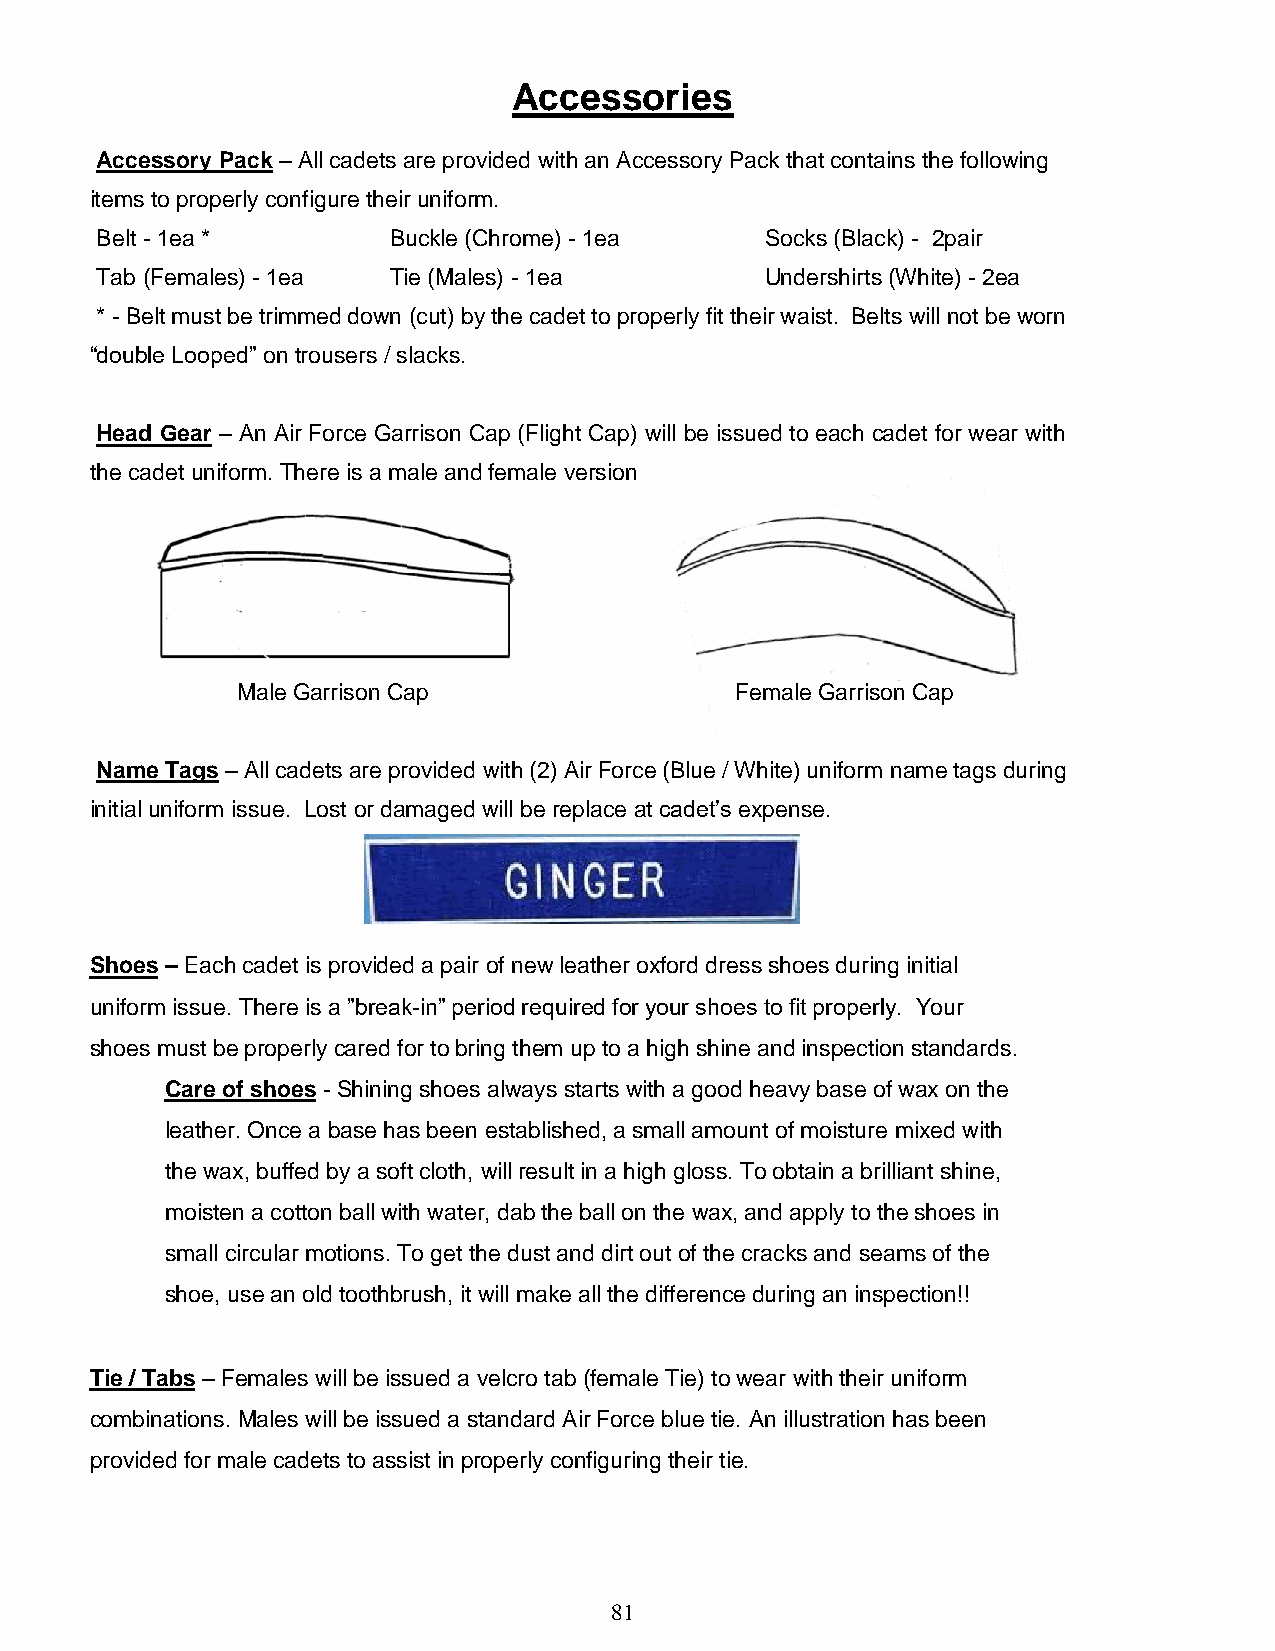
Accessories
 Accessory Pack – All cadets are provided with an Accessory Pack that contains the following
 items to properly configure their uniform.
 Belt - 1ea *        Buckle (Chrome) - 1ea    Socks (Black) - 2pair
 Tab (Females) - 1ea Tie (Males) - 1ea        Undershirts (White) - 2ea
 * - Belt must be trimmed down (cut) by the cadet to properly fit their waist. Belts will not be worn
 “double Looped” on trousers / slacks.
 Head Gear – An Air Force Garrison Cap (Flight Cap) will be issued to each cadet for wear with
 the cadet uniform. There is a male and female version
 Male Garrison Cap                Female Garrison Cap
 Name Tags – All cadets are provided with (2) Air Force (Blue / White) uniform name tags during
 initial uniform issue. Lost or damaged will be replace at cadet’s expense.
 Shoes – Each cadet is provided a pair of new leather oxford dress shoes during initial
 uniform issue. There is a ”break-in” period required for your shoes to fit properly. Your
 shoes must be properly cared for to bring them up to a high shine and inspection standards.
 Care of shoes - Shining shoes always starts with a good heavy base of wax on the
 leather. Once a base has been established, a small amount of moisture mixed with
 the wax, buffed by a soft cloth, will result in a high gloss. To obtain a brilliant shine,
 moisten a cotton ball with water, dab the ball on the wax, and apply to the shoes in
 small circular motions. To get the dust and dirt out of the cracks and seams of the
 shoe, use an old toothbrush, it will make all the difference during an inspection!!
 Tie / Tabs – Females will be issued a velcro tab (female Tie) to wear with their uniform
 combinations. Males will be issued a standard Air Force blue tie. An illustration has been
 provided for male cadets to assist in properly configuring their tie.
 81